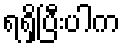
ရရှိပြီးပါက